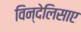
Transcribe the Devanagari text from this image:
विन्देलिसाए